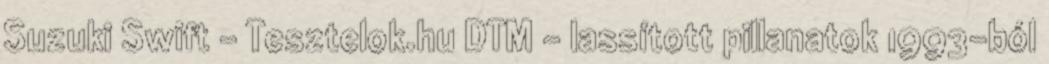
Suzuki Swift - Tesztelok.hu DTM – lassított pillanatok 1993-ból